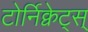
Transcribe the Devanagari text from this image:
टोर्निक्वेट्स्